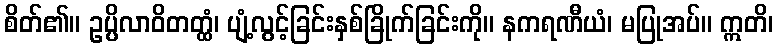
စိတ်၏။ ဥပ္ပိလာဝိတတ္ထံ၊ ပျံ့လွင့်ခြင်းနှစ်ခြိုက်ခြင်းကို။ နကရဏီယံ၊ မပြုအပ်။ ဣတိ၊